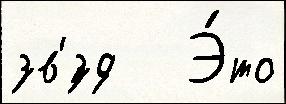
зв'́зд   Э́то